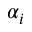
\alpha _ { i }